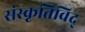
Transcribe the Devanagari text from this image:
संस्कृतिविद्